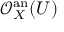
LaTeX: { \mathcal { O } } _ { X } ^ { \mathrm { a n } } ( U )